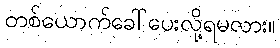
တစ်ယောက်ခေါ်ပေးလို့ရမလား။